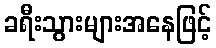
ခရီးသွားများအနေဖြင့်